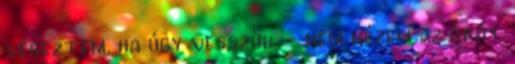
végeztem, ha úgy vesszük. - nem nézem az órát